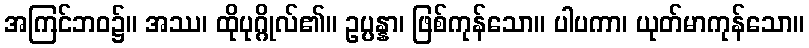
အကြင်ဘဝ၌။ အဿ၊ ထိုပုဂ္ဂိုလ်၏။ ဥပ္ပန္နာ၊ ဖြစ်ကုန်သော။ ပါပကာ၊ ယုတ်မာကုန်သော။